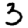
Digit: 3